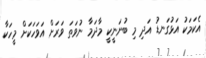
އެކަމަކު އަޅުގަނޑު އަދި މި ބުނަނީކީ މާދަމާ ނުވަތަ ވަރަށް އަވަހަކަށް މީހަކާ